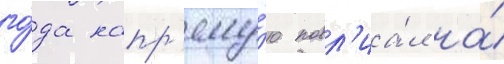
го́да напр'яму́ю повл'иа́л на́